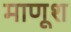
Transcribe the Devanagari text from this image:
माणूश